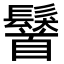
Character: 𩯢